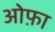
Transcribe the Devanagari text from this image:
ओफ़ा